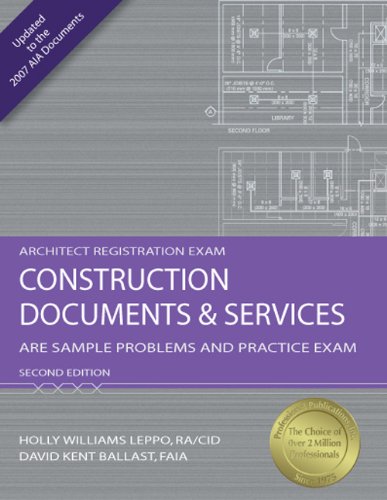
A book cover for Construction Documents & Services: ARE Sample Problems and Practice Exam (Architect Registration Exam); Holly Williams Leppo RA/CID  LEED AP; Engineering & Transportation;